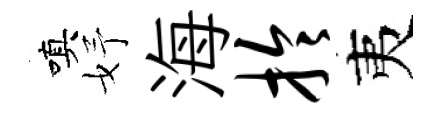
嗔妤海拎夷